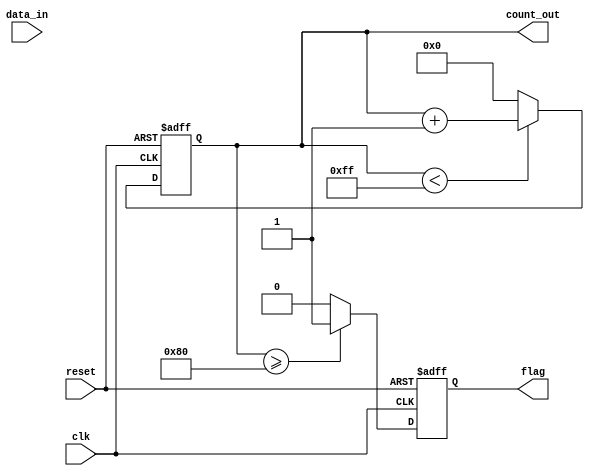
module parameter_focused_init #(
    parameter INITIAL_VALUE = 8'd0,      // Default initial value
    parameter MAX_COUNT = 8'd255,         // Maximum count value
    parameter THRESHOLD = 8'd128           // Threshold value for behavior
)(
    input wire clk,                        // Clock input
    input wire reset,                      // Reset input
    input wire [7:0] data_in,             // Input data
    output reg [7:0] count_out,            // Output count
    output reg flag                         // Output flag based on threshold
);

    // Internal register to hold the current state
    reg [7:0] count;

    // Initialization Logic
    always @(posedge clk or posedge reset) begin
        if (reset) begin
            count <= INITIAL_VALUE;         // Set count to initial value on reset
            flag <= 1'b0;                   // Clear flag on reset
        end else begin
            // Behavioral Logic
            if (count < MAX_COUNT) begin
                count <= count + 1;         // Increment count until max count is reached
            end else begin
                count <= INITIAL_VALUE;      // Reset count if max count is reached
            end
            
            // Set flag based on threshold
            if (count >= THRESHOLD) begin
                flag <= 1'b1;                // Set flag if count exceeds threshold
            end else begin
                flag <= 1'b0;                // Clear flag otherwise
            end
        end
    end

    // Assign output
    assign count_out = count;

endmodule